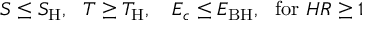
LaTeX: S \le S _ { \mathrm { H } } , ~ ~ T \ge T _ { \mathrm { H } } , ~ ~ ~ E _ { c } \le E _ { \mathrm { B H } } , ~ ~ \mathrm { f o r } ~ H R \ge 1